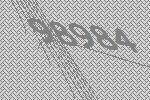
98984